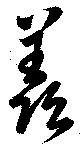
羨